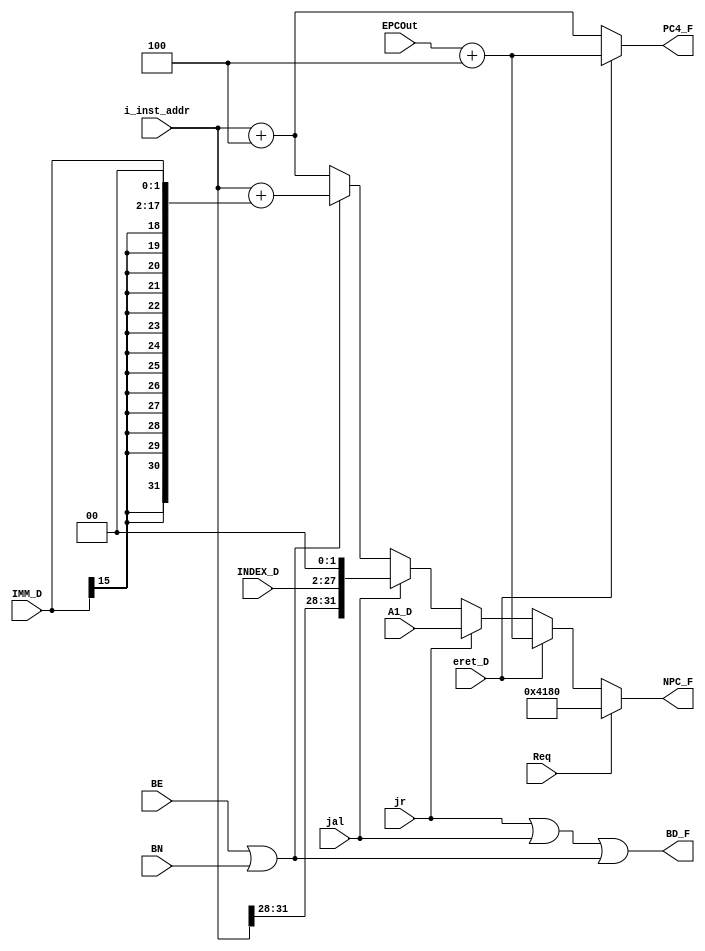
`timescale 1ns / 1ps
//////////////////////////////////////////////////////////////////////////////////
// Company: 
// Engineer: 
// 
// Design Name: 
// Module Name:    A_NPC 
// Project Name: 
// Target Devices: 
// Tool versions: 
// Description: 
//
// Dependencies: 
//
// Revision: 
// Revision 0.01 - File Created
// Additional Comments: 
//
//////////////////////////////////////////////////////////////////////////////////

module A_NPC(
    input [31:0] i_inst_addr,
    input [15:0] IMM_D,
    input [25:0] INDEX_D,
    input [31:0] A1_D,
	 input BE,
	 input BN,
	 input jal,
	 input jr,
    output [31:0] NPC_F,
    output [31:0] PC4_F,
	 input [31:0] EPCOut,
	 input eret_D,
	 input Req,
	 output BD_F
    );

wire [31:0] PC_F;
assign PC_F = i_inst_addr;

assign NPC_F = (Req == 1) ? 32'h0000_4180 :
					(eret_D == 1) ? EPCOut + 4:
				   (jr == 1) ? A1_D :
					(jal == 1) ? {{PC_F[31]}, {PC_F[30]}, {PC_F[29]}, {PC_F[28]}, INDEX_D, 1'b0, 1'b0} :
					(BE == 1 || BN == 1) ? PC_F + {{14{IMM_D[15]}}, IMM_D, 1'b0, 1'b0} :
					PC_F + 4;

assign PC4_F = (eret_D == 1) ? EPCOut + 4: PC_F + 4;

assign BD_F = ((jr == 1) | (jal == 1) | (BE == 1 || BN == 1));

endmodule